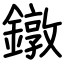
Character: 鐓